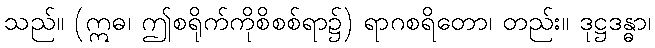
သည်။ (ဣဓ၊ ဤစရိုက်ကိုစိစစ်ရာ၌) ရာဂစရိတော၊ တည်း။ ဒုဋ္ဌဒန္ဓာ၊